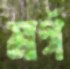
মার্গ